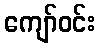
ကျော်ဝင်း